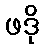
ဖဒို